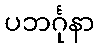
ပဘင်္ဂုနာ